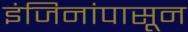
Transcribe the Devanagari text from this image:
इंजिनांपासून